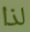
لذا